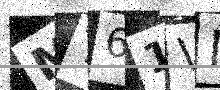
Text: MT61VN